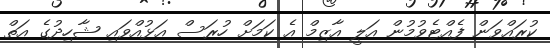
ކުރައްވަން ފެއްޓެވުމުން އަލީ އާޒިމް އެ ކަމަށް ހުރަސް އަޅުއްވައި ޝާހިދުގެ އަތް